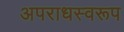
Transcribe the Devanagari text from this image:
अपराधस्वरूप